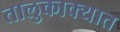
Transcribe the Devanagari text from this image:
तालुकाक्यात